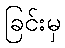
ခြင်းမှ